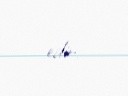
edir.